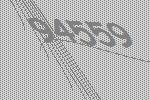
94559